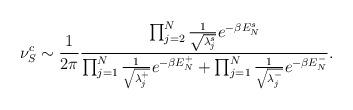
LaTeX: \begin{align*}\nu_S^c \sim \frac{1}{2\pi } \frac{\prod_{j=2}^N \frac{1}{ \sqrt{\lambda^s_j}} e^{-\beta E_N^s}}{\prod_{j=1}^N\frac{1}{ \sqrt{\lambda^+_j}}e^{-\beta E_N^+} + \prod_{j=1}^N \frac{1}{\sqrt{\lambda^-_j}}e^{-\beta E_N^-}}.\end{align*}